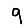
Digit: 9